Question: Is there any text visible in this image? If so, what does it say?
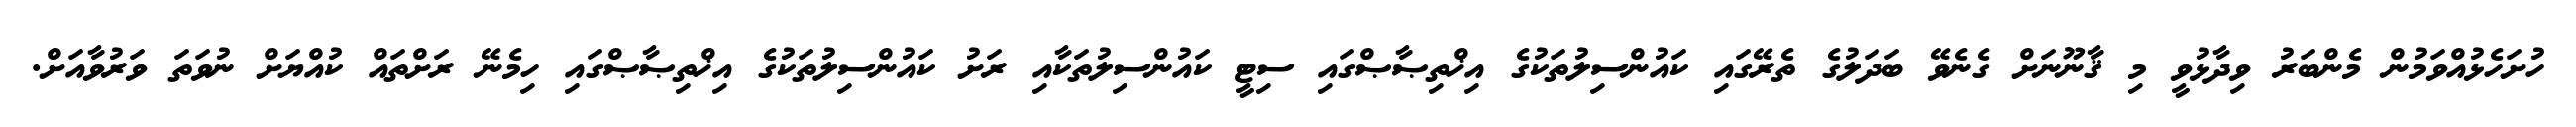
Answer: ހުށަހެޅުއްވަމުން މެންބަރު ވިދާޅުވީ މި ޤާނޫނަށް ގެނެވޭ ބަދަލުގެ ތެރޭގައި ކައުންސިލުތަކުގެ އިޚްތިޞާޞްގައި ސިޓީ ކައުންސިލުތަކާއި ރަށު ކައުންސިލުތަކުގެ އިޚްތިޞާޞްގައި ހިމެނޭ ރަށްތައް ކުއްޔަށް ނުވަތަ ވަރުވާއަށް.